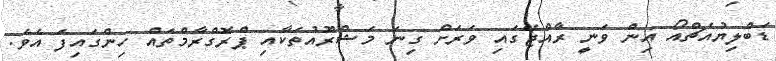
ޑަބްލިޔުއެޗްއޯ އިން ވަނީ ރާއްޖޭގައި ވަރަށް ގިނަ މަޝްރޫައުތަކާއި ޕްރޮގްރާމްތައް ހިންގައިފަ އެވެ.